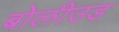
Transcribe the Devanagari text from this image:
बोलीउड